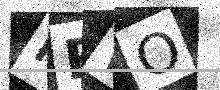
Text: NRWO